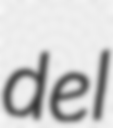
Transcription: del